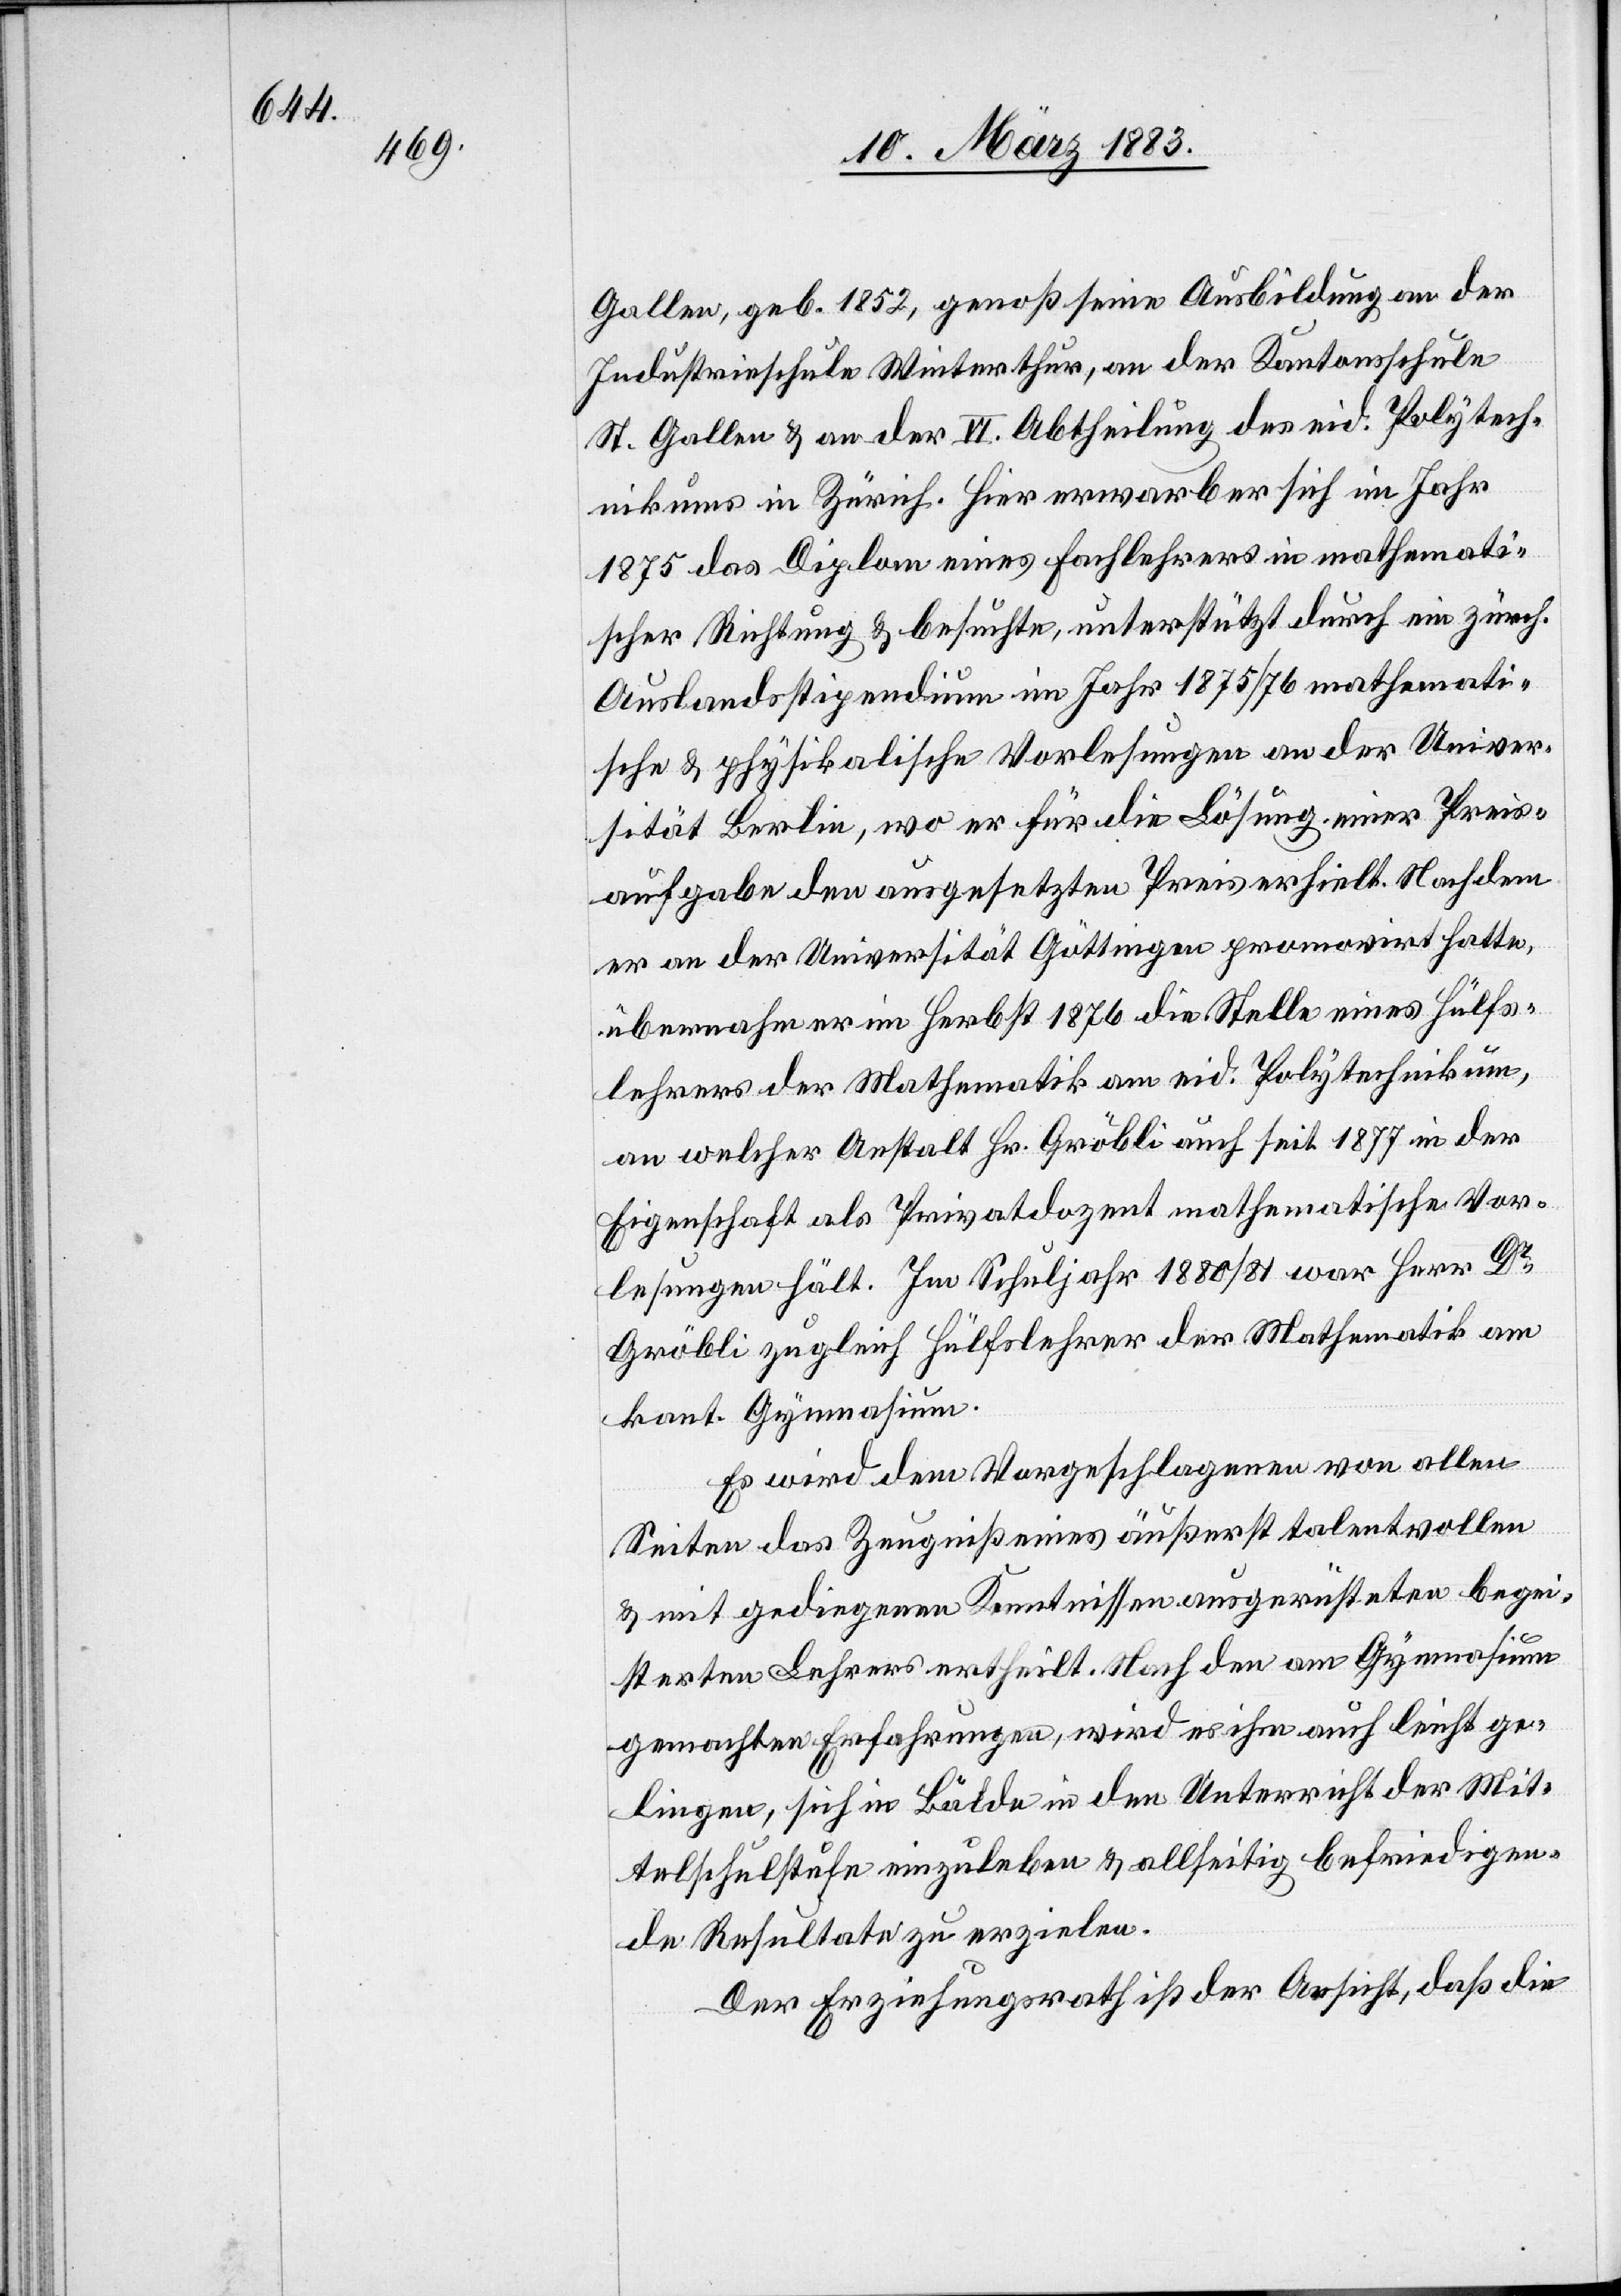
wählten

kant. Gymnasium
Der Erziehungsrath ist berechtigt dem Ge¬